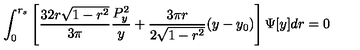
\int _ { 0 } ^ { r _ { s } } \left[ \frac { 3 2 r \sqrt { 1 - r ^ { 2 } } } { 3 \pi } \frac { P _ { y } ^ { 2 } } { y } + \frac { 3 \pi r } { 2 \sqrt { 1 - r ^ { 2 } } } ( y - y _ { 0 } ) \right] \Psi [ y ] d r = 0